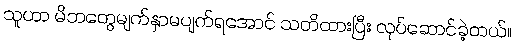
သူဟာ မိဘတွေမျက်နှာမပျက်ရအောင် သတိထားပြီး လုပ်ဆောင်ခဲ့တယ်။